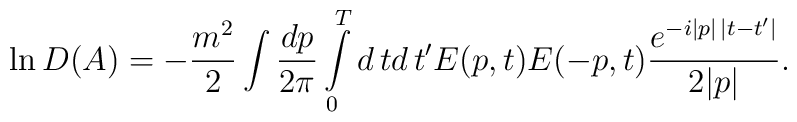
\ln D(A)=-\frac{m^2}2\int\frac{dp}{2\pi}\int\limits^T_0 d\,td\,t'E(p,t)E(-p,t)\frac{e^{-i|p|\,|t-t'|}}{2|p|}.